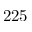
2 2 5